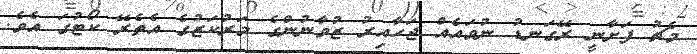
މެޗު ފަށާނީ ރޭގަނޑު ނުވައެއް ޖަހާއިރު ޒުވާނުންގެ މަރުކަޒުގެ އެތެރޭ ކޯޓުގަ އެވެ.